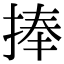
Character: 捧